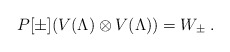
\begin{align*}P[\pm](V(\Lambda)\otimes V(\Lambda))=W_\pm\;.\end{align*}